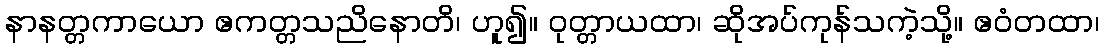
နာနတ္တကာယော ဧကတ္တသညိနောတိ၊ ဟူ၍။ ဝုတ္တာယထာ၊ ဆိုအပ်ကုန်သကဲ့သို့။ ဧဝံတထာ၊